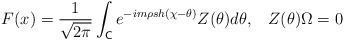
\begin{align*}F(x)=\frac{1}{\sqrt{2\pi }}\int_{\mathsf{C}}e^{-im\rho sh(\chi -\theta)}Z(\theta )d\theta ,\,\,\,\,\,Z(\theta )\Omega =0\,\, \end{align*}